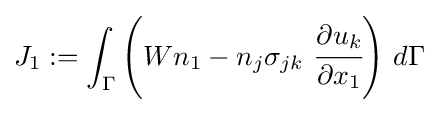
J_{1}:=\int _{\Gamma }\left(Wn_{1}-n_{j}\sigma _{jk}~{\cfrac {\partial u_{k}}{\partial x_{1}}}\right)\,d\Gamma